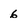
Character: 6